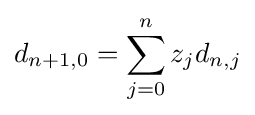
d_{n+1,0}=\sum _{j=0}^{n}z_{j}d_{n,j}